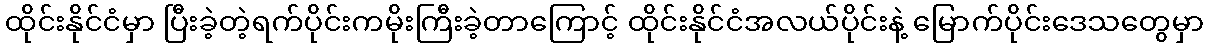
ထိုင်းနိုင်ငံမှာ ပြီးခဲ့တဲ့ရက်ပိုင်းကမိုးကြီးခဲ့တာကြောင့် ထိုင်းနိုင်ငံအလယ်ပိုင်းနဲ့ မြောက်ပိုင်းဒေသတွေမှာ